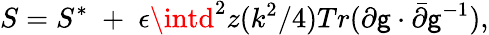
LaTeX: S=S^{*}\; +\; \epsilon\intd^{2}z(k^{2}/4)Tr(\partial\mathsf{g}\cdot\bar{{\partial}}\mathsf{g}^{-1}),